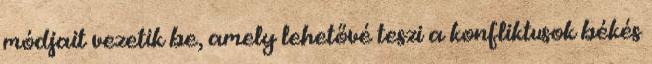
módjait vezetik be, amely lehetővé teszi a konfliktusok békés